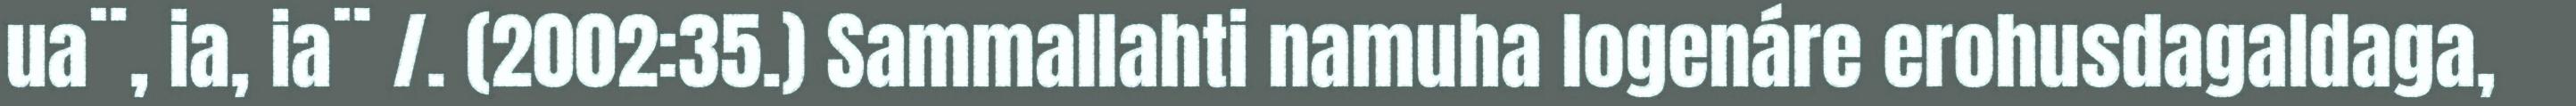
ua¨, ia, ia¨ /. (2002:35.) Sammallahti namuha logenáre erohusdagaldaga,